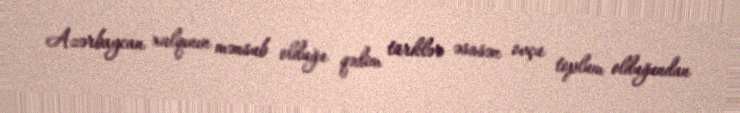
Azərbaycan xalqının mənsub olduğu qədim türklər əsasən ovçu toplum olduğundan